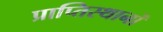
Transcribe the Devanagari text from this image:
प्राप्तिस्थानों